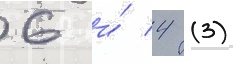
6 и́ 4 (3)